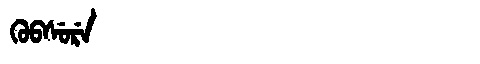
Manchu: ᡴᡠᠪᠰᡠᡵᡝ
Romanization: KUBSURE